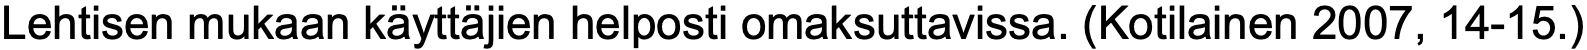
Lehtisen mukaan käyttäjien helposti omaksuttavissa. (Kotilainen 2007, 14-15.)